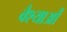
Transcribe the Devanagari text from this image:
वैश्याऔं